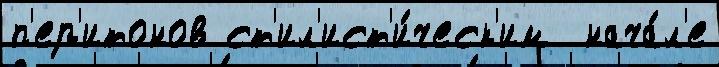
п'ер'итонов ст'ил'ист'и́ческ'им  нача́л'е